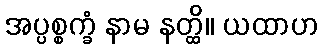
အပ္ပစ္စက္ခံ နာမ နတ္ထိ။ ယထာဟ